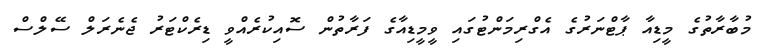
މުބާރާތުގެ މީޑިއާ ޕާޓްނަރުގެ އެގްރިމަންޓުގައި ވީމީޑިއާގެ ފަރާތުން ސޮއިކުރެއްވީ ޑިރެކްޓަރު ޖެނެރަލް ސޭލްސް